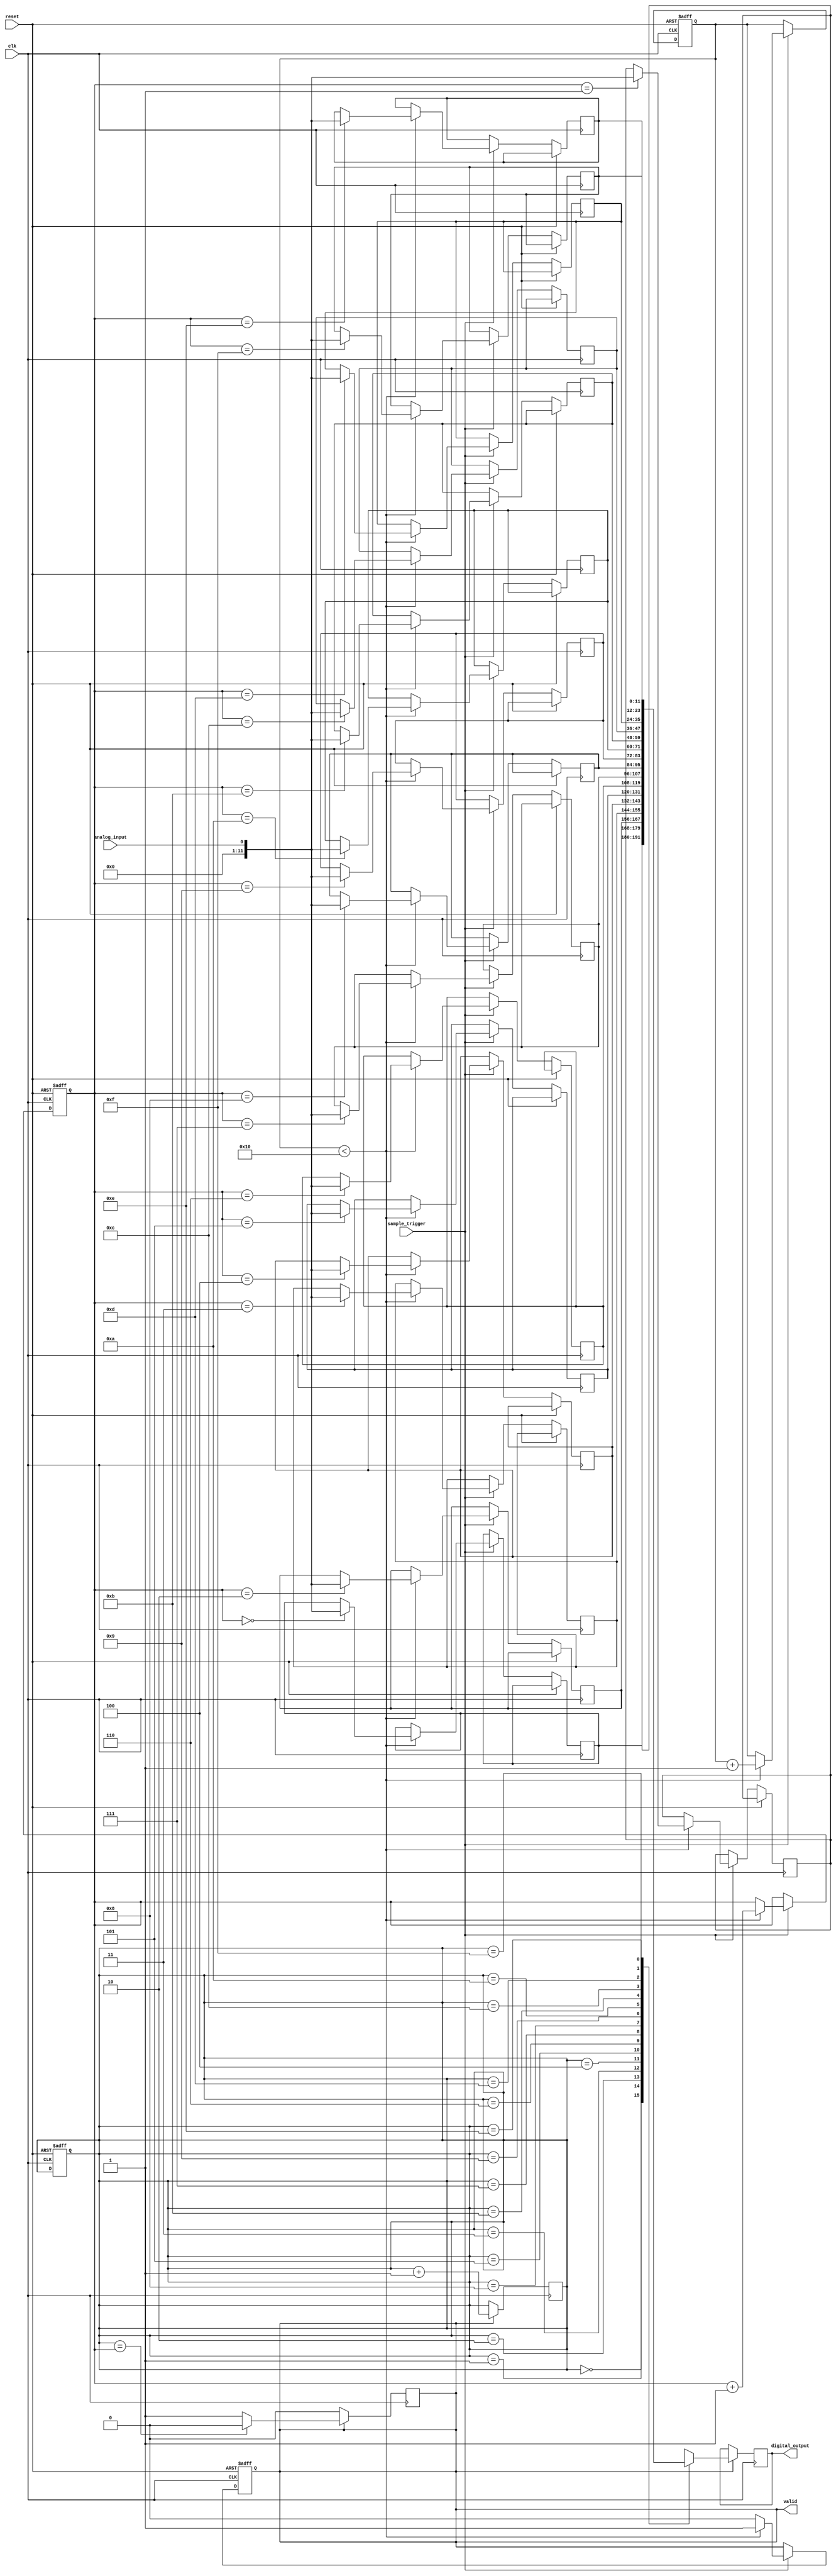
module TDC (
    input wire clk,               // System clock
    input wire reset,             // Asynchronous reset
    input wire analog_input,      // Analog input signal (simulated as a digital input for this example)
    input wire sample_trigger,     // Trigger signal to start sampling
    output reg [11:0] digital_output, // 12-bit digital output
    output reg valid              // Output valid signal
);

    // Parameters
    parameter SAMPLE_DEPTH = 16;  // Depth of the FIFO memory
    parameter ADC_RESOLUTION = 12; // ADC resolution (12 bits)
    
    // Memory storage for sampled values
    reg [ADC_RESOLUTION-1:0] memory [0:SAMPLE_DEPTH-1];
    reg [3:0] write_pointer;       // Pointer for writing to memory
    reg [3:0] read_pointer;        // Pointer for reading from memory
    reg [3:0] sample_count;        // Count of samples taken

    // Control logic
    always @(posedge clk or posedge reset) begin
        if (reset) begin
            write_pointer <= 0;
            read_pointer <= 0;
            sample_count <= 0;
            valid <= 0;
        end else if (sample_trigger) begin
            // Sample the analog input (simulated here)
            if (sample_count < SAMPLE_DEPTH) begin
                memory[write_pointer] <= analog_input; // Store the sampled value
                write_pointer <= write_pointer + 1;
                sample_count <= sample_count + 1;
                valid <= 1; // Indicate that valid data is available
            end else begin
                valid <= 0; // No more space in memory
            end
        end
    end

    // Output logic
    always @(posedge clk) begin
        if (valid) begin
            // Read the latest sample for output (FIFO behavior)
            digital_output <= memory[read_pointer];
            read_pointer <= read_pointer + 1;
            if (read_pointer == write_pointer) begin
                valid <= 0; // No new data to output
            end
        end
    end

endmodule